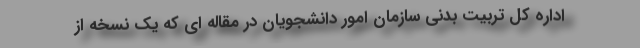
اداره کل تربیت بدنی سازمان امور دانشجویان در مقاله ای که یک نسخه از